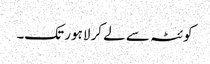
کوئٹہ سے لے کر لاہور تک۔